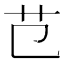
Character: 𦫾